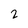
Character: 2